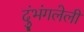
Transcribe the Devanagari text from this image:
दुंभंगलेली